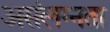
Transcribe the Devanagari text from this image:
असंलग्नता